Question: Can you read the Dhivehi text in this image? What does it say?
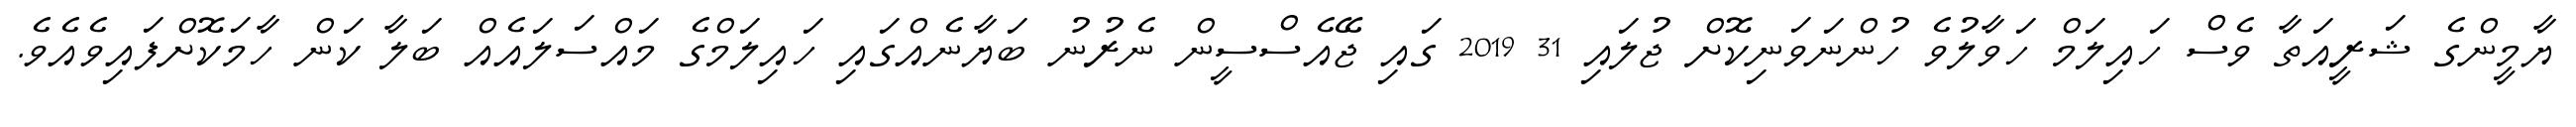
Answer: ޔާމީންގެ ޝަރީއަތާ ވެސް ހައިލަމް ހަވާލުވެ ހުންނަވަނިކޮށް ޖުލައި 31 2019 ގައި ޖޭއެސްސީން ނެރުނު ބަޔާނެއްގައި ހައިލަމްގެ މައްސަލައެއް ބަލާ ކަން ހާމަކޮށްފައިވެއެވެ.